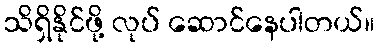
သိရှိနိုင်ဖို့ လုပ် ဆောင်နေပါတယ်။